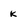
Character: k